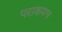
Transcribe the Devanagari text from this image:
पराक्रमच